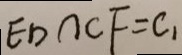
E D \cap C F = C _ { 1 }